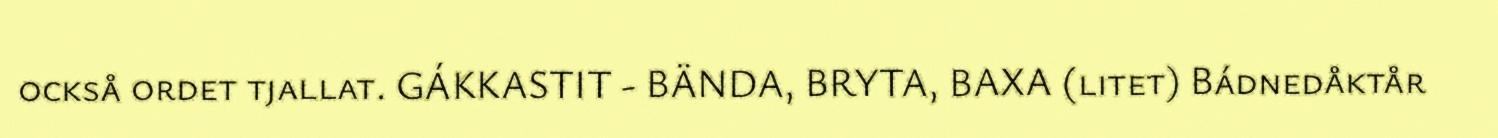
också ordet tjallat. GÁKKASTIT - BÄNDA, BRYTA, BAXA (litet) Bádnedåktår